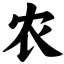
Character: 农